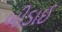
બીડાઈ